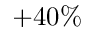
+ 4 0 \%